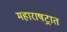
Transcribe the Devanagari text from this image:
महाराषट्रात